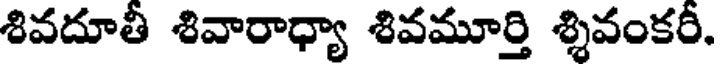
శివదూతీ శివారాధ్యా శివమూర్తి శ్శివంకరీ.